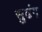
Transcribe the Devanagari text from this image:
सुढंग